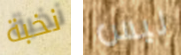
نخبة ليس